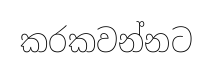
කරකවන්නට